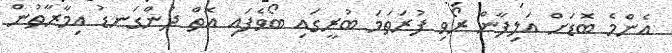
އެންމެ ބޮޑަށް އަލިފާން ރޯވި ފުރަތަމަ ބުރީގައި ބޯވެފައި އޮތް ދުންގަނޑު އިމާރާތުން